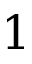
1